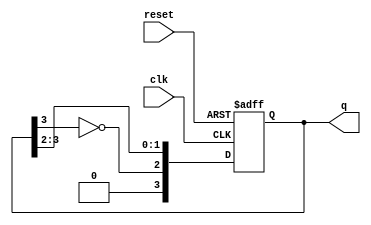
module JohnsonCounter #(parameter n = 4) (
    input wire clk,       // Clock input
    input wire reset,     // Asynchronous reset
    output reg [n-1:0] q  // Output state of the counter
);

// Synchronous Johnson Counter
always @(posedge clk or posedge reset) begin
    if (reset) begin
        // Initialize the counter to a known state (usually all flip-flops set to 0)
        q <= {n{1'b0}};  // Set all bits to 0
    end else begin
        // The feedback input for the first flip-flop is the inverted output of the last flip-flop
        q <= {~q[n-1], q[n-1:n-2]};  // Shift right and feedback inverted output of last flip-flop
    end
end

endmodule